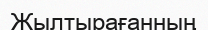
Жылтырағанның